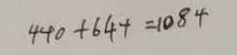
4 4 0 + 6 4 4 = 1 0 8 4